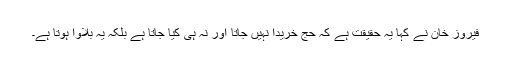
فیروز خان نے کہا یہ حقیقت ہے کہ حج خریدا نہیں جاتا اور نہ ہی کیا جاتا ہے بلکہ یہ بلاوا ہوتا ہے۔